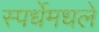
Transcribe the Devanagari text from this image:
स्पर्धेमधले